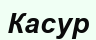
Касур